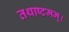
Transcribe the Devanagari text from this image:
तथाष्टमम्।